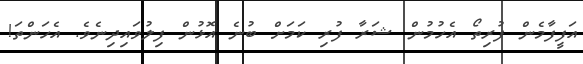
އަފީފާމެން ފުރިތޯ އެހުމުން ޝަރާ ފުރި ކަމަށް ބުނެ އޮޅުން ފިލުވައިދިނެވެ. އެހަންތަ!